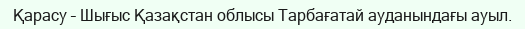
Қарасу – Шығыс Қазақстан облысы Тарбағатай ауданындағы ауыл.